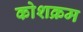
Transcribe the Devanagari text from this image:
कोशक्रम